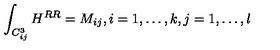
\int _ { C _ { i j } ^ { 3 } } H ^ { R R } = M _ { i j } , i = 1 , \ldots , k , j = 1 , \ldots , l